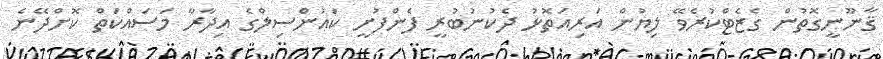
ޤާނޫނީގޮތުން ގެޒެޓްކުރެވޭ ލިޔުން އަރިއަތޮޅު ދެކުނުބުރީ ފެންފުށީ ކައުންސިލްގެ އިދާރާ މަސައްކަތް ކޮށްދޭނެ